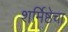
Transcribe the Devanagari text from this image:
शर्मिष्ठेचा